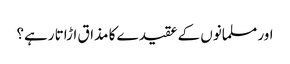
اور مسلمانوں کے عقیدے کا مذاق اڑاتا رہے؟